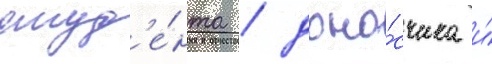
студ'е́нта / доно́счика и́